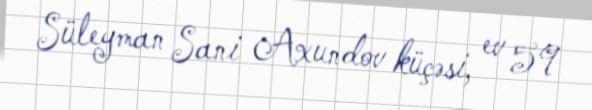
Süleyman Sani Axundov küçəsi, ev 59